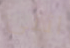
اثنى